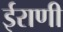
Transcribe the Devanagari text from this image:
ईराणी